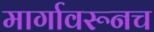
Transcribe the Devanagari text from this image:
मार्गावरूनच